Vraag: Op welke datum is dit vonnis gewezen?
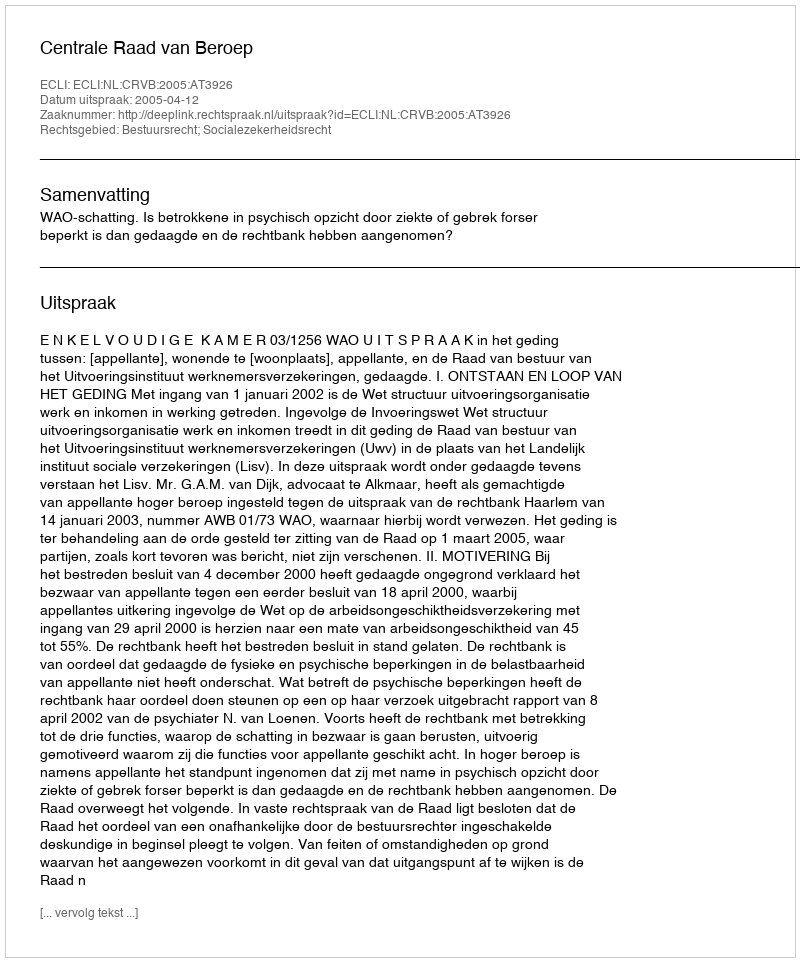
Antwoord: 2005-04-12